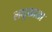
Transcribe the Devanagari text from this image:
लघुभ्राता